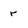
Character: r